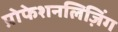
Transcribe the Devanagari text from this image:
प्रोफेशनलिज़िंग